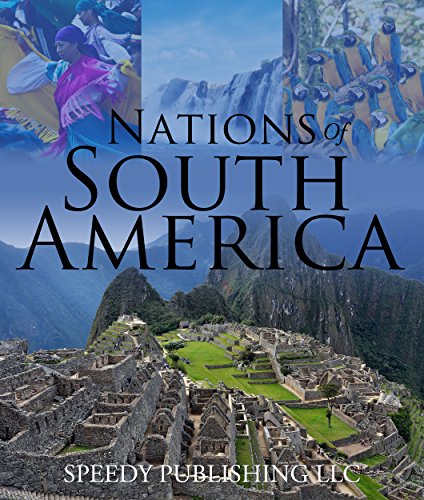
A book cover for Nations Of South America: Fun Facts about South America for Kids; Speedy Publishing; Teen & Young Adult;